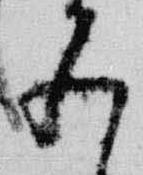
五